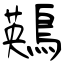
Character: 鶧